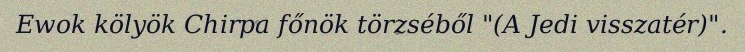
Ewok kölyök Chirpa főnök törzséből "(A Jedi visszatér)".